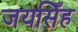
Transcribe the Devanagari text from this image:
जयसिँह